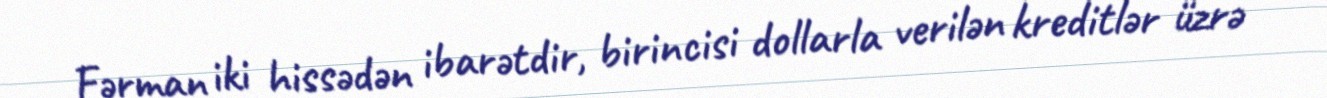
Fərman iki hissədən ibarətdir, birincisi dollarla verilən kreditlər üzrə